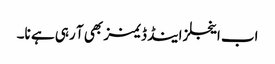
اب اینجلز اینڈ ڈیمنز بھی آ رہی ہے نا۔